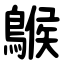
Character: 䳧